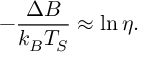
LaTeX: - \frac { \Delta B } { k _ { B } T _ { S } } \approx \ln \eta .